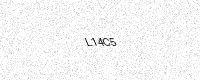
Text: L14C5